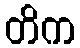
တိက